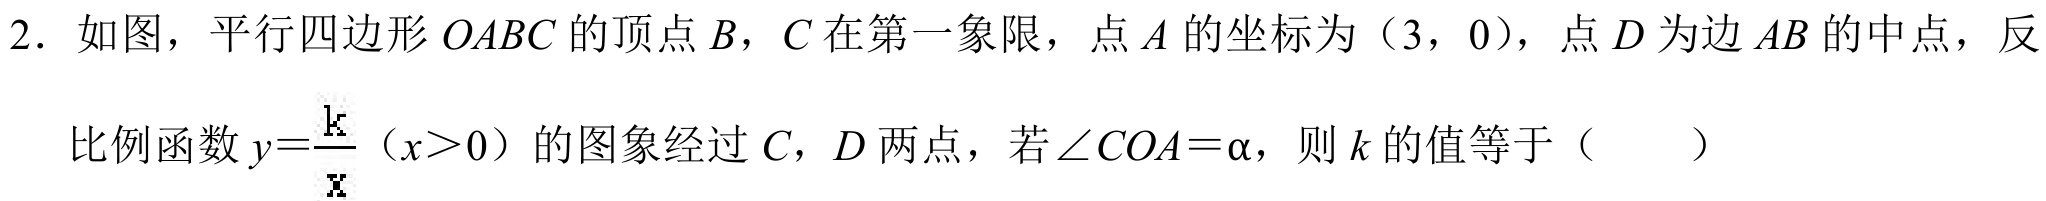
2. 如图，平行四边形\(OABC\)的顶点\(B\)，\(C\)在第一象限，点\(A\)的坐标为\((3,0)\)，点\(D\)为边\(AB\)的中点，反比例函数\(y = \frac{k}{x}(x > 0)\)的图象经过\(C\)，\(D\)两点，若\(\angle COA=\alpha\)，则\(k\)的值等于（  ）